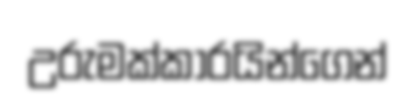
උරුමක්කාරයින්ගෙන්